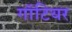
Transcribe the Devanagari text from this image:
गॉटियर